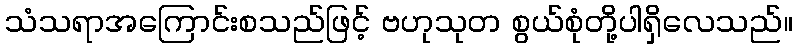
သံသရာအကြောင်းစသည်ဖြင့် ဗဟုသုတ စွယ်စုံတို့ပါရှိလေသည်။